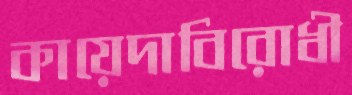
কায়েদাবিরোধী